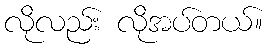
လိုလည်း လိုအပ်တယ်။